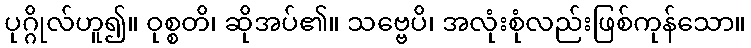
ပုဂ္ဂိုလ်ဟူ၍။ ဝုစ္စတိ၊ ဆိုအပ်၏။ သဗ္ဗေပိ၊ အလုံးစုံလည်းဖြစ်ကုန်သော။